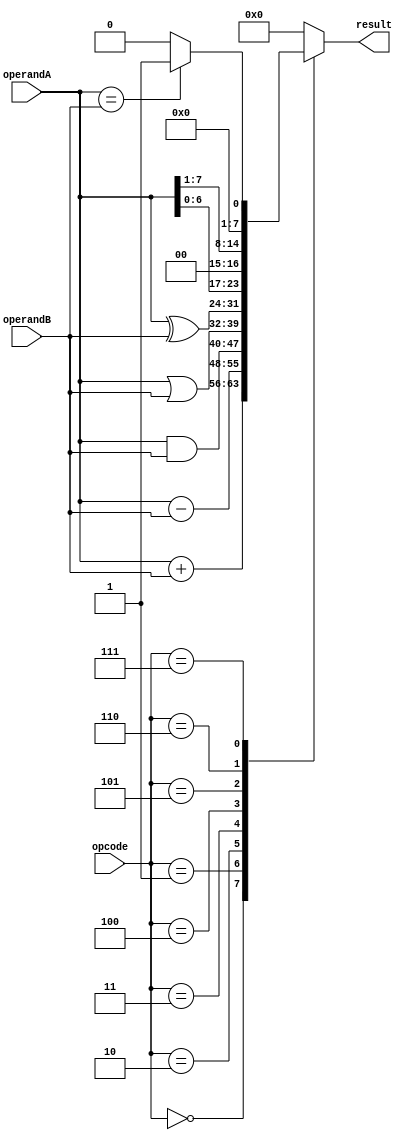
module ALU (
    input wire [3:0] opcode,
    input wire [7:0] operandA,
    input wire [7:0] operandB,
    output reg [7:0] result
);

always @(*) begin
    case (opcode)
        4'b0000: result = operandA + operandB; // Addition
        4'b0001: result = operandA - operandB; // Subtraction
        4'b0010: result = operandA & operandB; // AND
        4'b0011: result = operandA | operandB; // OR
        4'b0100: result = operandA ^ operandB; // XOR
        4'b0101: result = operandA << 1;       // Shift left
        4'b0110: result = operandA >> 1;       // Shift right
        4'b0111: result = (operandA == operandB) ? 1 : 0; // Comparison
        default: result = 8'b00000000; // Default to 0
    endcase
end

endmodule